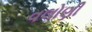
વલોણી